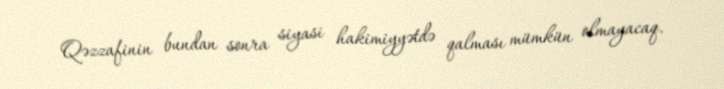
Qəzzafinin bundan sonra siyasi hakimiyyətdə qalması mümkün olmayacaq.